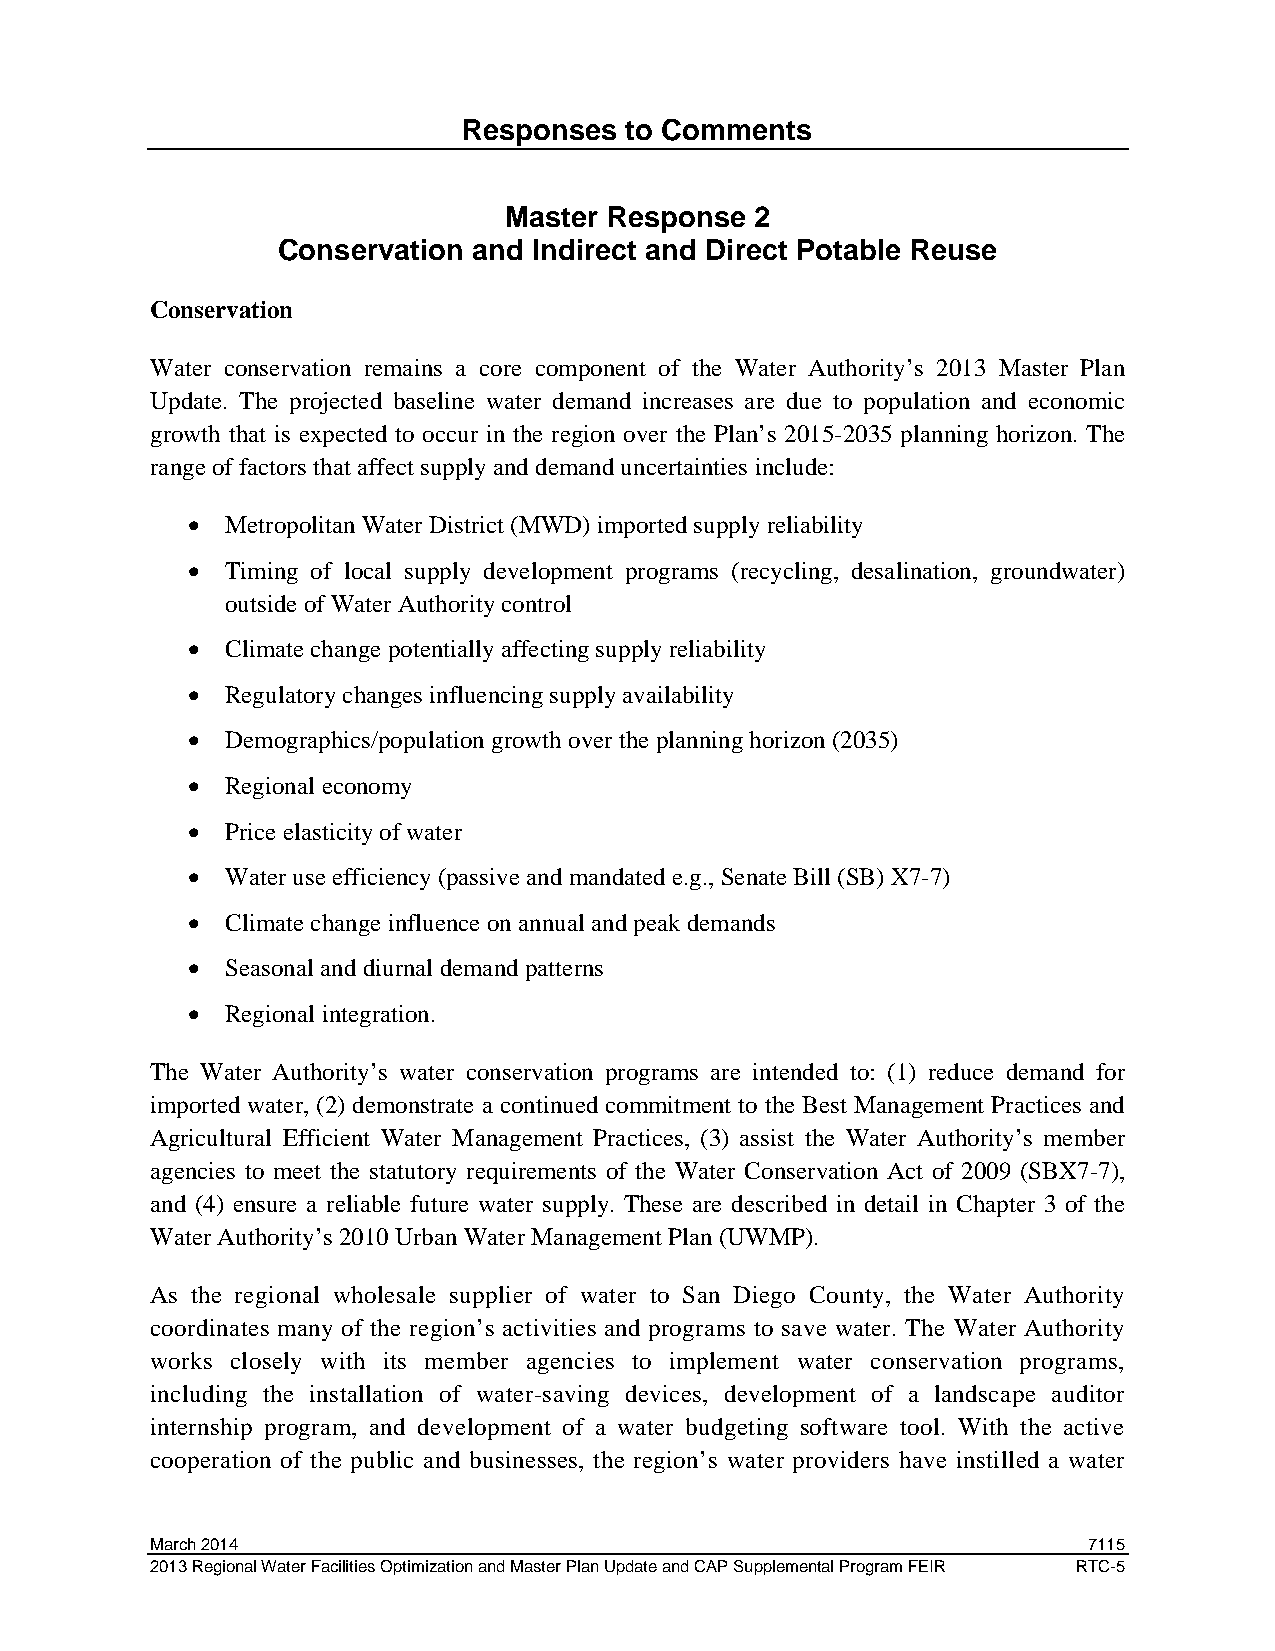
Responses to Comments
 Master Response  2
 Conservation and Indirect and Direct Potable Reuse
 Conservation
 Water conservation remains a core component of the Water Authority’s 2013 Master Plan
 Update. The projected baseline water demand increases are due to population and economic
 growth that is expected to occur in the region over the Plan’s 2015-2035 planning horizon. The
 range of factors that affect supply and demand uncertainties include:
 •  Metropolitan Water District (MWD) imported supply reliability
 •  Timing of local supply development programs (recycling, desalination, groundwater)
 outside of Water Authority control
 •  Climate change potentially affecting supply reliability
 •  Regulatory changes influencing supply availability
 •  Demographics/population growth over the planning horizon (2035)
 •  Regional economy
 •  Price elasticity of water
 •  Water use efficiency (passive and mandated e.g., Senate Bill (SB) X7-7)
 •  Climate change influence on annual and peak demands
 •  Seasonal and diurnal demand patterns
 •  Regional integration.
 The Water Authority’s water conservation programs are intended to: (1) reduce demand for
 imported water, (2) demonstrate a continued commitment to the Best Management Practices and
 Agricultural Efficient Water Management Practices, (3) assist the Water Authority’s member
 agencies to meet the statutory requirements of the Water Conservation Act of 2009 (SBX7-7),
 and (4) ensure a reliable future water supply. These are described in detail in Chapter 3 of the
 Water Authority’s 2010 Urban Water Management Plan (UWMP).
 As the regional wholesale supplier of water to San Diego County, the Water Authority
 coordinates many of the region’s activities and programs to save water. The Water Authority
 works closely with its member agencies to implement water conservation programs,
 including the installation of water-saving devices, development of a landscape auditor
 internship program, and development of a water budgeting software tool. With the active
 cooperation of the public and businesses, the region’s water providers have instilled a water
 March 2014                                                    7115
 2013 Regional Water Facilities Optimization and Master Plan Update and CAP Supplemental Program FEIR RTC-5